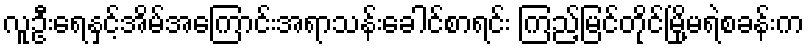
လူဦးရေနှင့်အိမ်အကြောင်းအရာသန်းခေါင်စာရင်း ကြည့်မြင်တိုင်မြို့မရဲစခန်းက